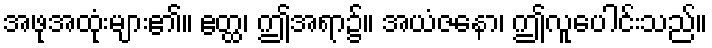
အဖုအထုံးများ၏။ ဧတ္ထ၊ ဤအရာ၌။ အယံဇနော၊ ဤလူပေါင်းသည်။